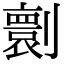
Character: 𠟼